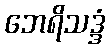
ဘေရိသဒ္ဒံ